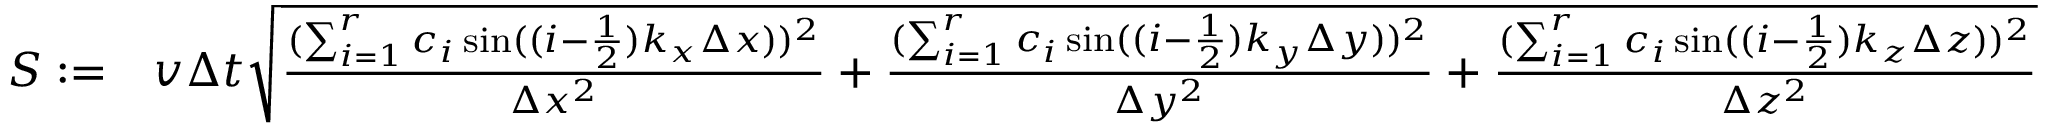
\begin{array} { r l } { S : = } & { v \Delta t \sqrt { \frac { ( \sum _ { i = 1 } ^ { r } c _ { i } \sin ( ( i - \frac { 1 } { 2 } ) k _ { x } \Delta x ) ) ^ { 2 } } { \Delta x ^ { 2 } } + \frac { ( \sum _ { i = 1 } ^ { r } c _ { i } \sin ( ( i - \frac { 1 } { 2 } ) k _ { y } \Delta y ) ) ^ { 2 } } { \Delta y ^ { 2 } } + \frac { ( \sum _ { i = 1 } ^ { r } c _ { i } \sin ( ( i - \frac { 1 } { 2 } ) k _ { z } \Delta z ) ) ^ { 2 } } { \Delta z ^ { 2 } } } } \end{array}